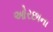
ઓરછાના